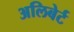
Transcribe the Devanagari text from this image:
अलिबेर्ट